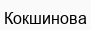
Кокшинова